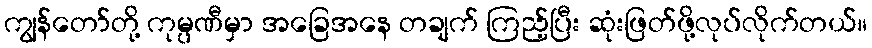
ကျွန်တော်တို့ ကုမ္ပဏီမှာ အခြေအနေ တချက် ကြည့်ပြီး ဆုံးဖြတ်ဖို့လုပ်လိုက်တယ်။